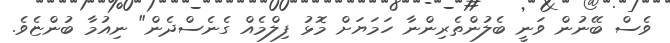
ވެސް ބޭނުން ވަނީ ބެލުންތެރިންނާ ހަމަޔަށް މޮޅު ފިލްމެއް ގެނެސްދެން" ނިއުމާ ބުންޏެވެ.